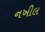
નખીલ